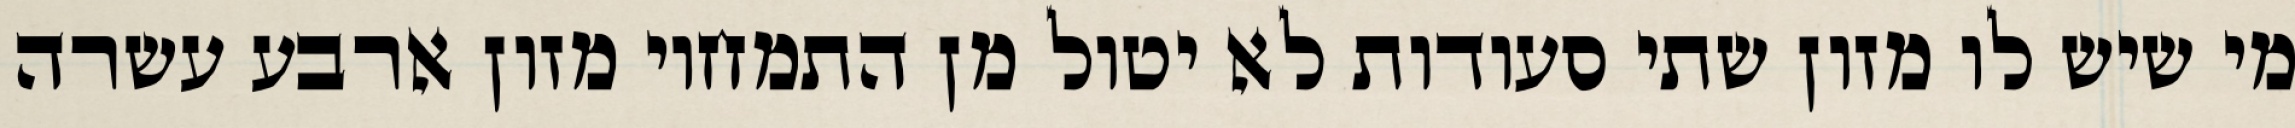
מי שיש לו מזון שתי סעודות לא יטול מן התמחוי מזון ארבע עשרה